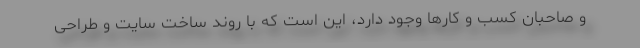
و صاحبان کسب و کارها وجود دارد، این است که با روند ساخت سایت و طراحی